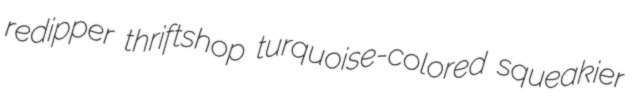
redipper thriftshop turquoise-colored squeakier